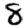
Digit: 8